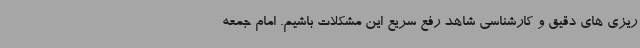
ریزی های دقیق و کارشناسی شاهد رفع سریع این مشکلات باشیم. امام جمعه